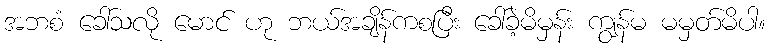
အဘစံ ခေါ်သလို မောင် ဟု ဘယ်အချိန်ကစပြီး ခေါ်ခဲ့မိမှန်း ကျွန်မ မမှတ်မိပါ။